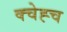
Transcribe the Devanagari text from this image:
क्चेह्च